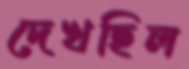
দেখছিল